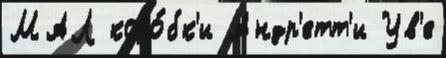
МАЛ коро́бк'и Андр'етт'и Ув'е